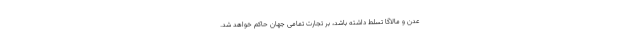
عدن و مالاگا تسلط داشته باشد، بر تجارت تمامی جهان حاکم خواهد شد.